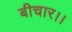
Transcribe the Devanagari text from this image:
बीचार।।